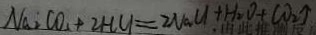
N a _ { 2 } C O _ { 2 } + 2 H C l = 2 N a C l + H _ { 2 } O + C O _ { 2 } \uparrow